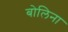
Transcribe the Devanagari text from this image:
बोलिना